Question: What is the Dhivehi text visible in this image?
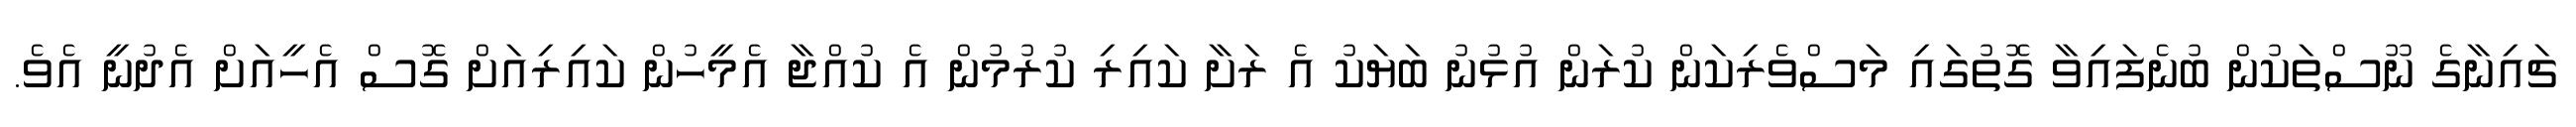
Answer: ޗައިނާގެ ނޫސްތަކުން ބުނެފައިވާ ގޮތުގައި މަސްވެރިކަން ކުރަން އުޅުނު ބަޔަކު އެ ރަށާ ކައިރި ކުރުމުން އެ ކުއްޖާ އެމީހުން ކައިރިއަށް ގޮސް އެހީއަށް އެދުނީ އެވެ.